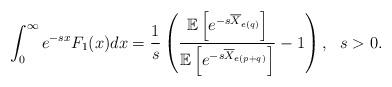
LaTeX: \begin{align*}&\int_{0}^{\infty} e^{-s x}F_1(x)dx=\frac{1}{s}\left(\frac{\mathbb E\left[e^{-s \overline{X}_{e(q)}}\right]}{\mathbb E\left[e^{-s \overline{X}_{e(p+q)}}\right]}-1\right), \ \ s > 0.\end{align*}